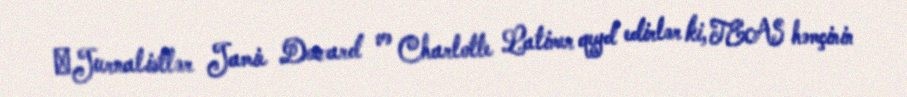
​Jurnalistlər Jamie Doward və Charlotte Latimer qeyd edirlər ki, TEAS həmçinin